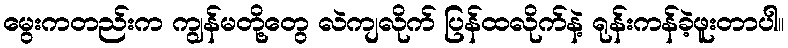
မွေးကတည်းက ကျွန်မတို့တွေ လဲကျလိုက် ပြန်ထလိုက်နဲ့ ရုန်းကန်ခဲ့ဖူးတာပါ။